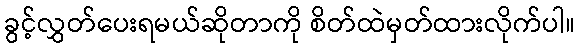
ခွင့်လွှတ်ပေးရမယ်ဆိုတာကို စိတ်ထဲမှတ်ထားလိုက်ပါ။